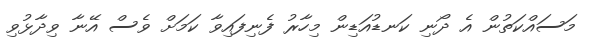
މަސައްކަތުން އެ ދޯނި ކަނޑުއަޑިން މިހާރު ފެނިފައިވާ ކަމަށް ވެސް އޭނާ ވިދާޅުވި